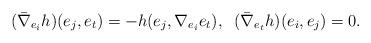
LaTeX: \begin{align*} &(\bar \nabla_{e_i} h)(e_j,e_t)=-h(e_j,\nabla_{e_i} e_t),\;\; (\bar \nabla_{e_t} h)(e_i,e_j)=0. \end{align*}